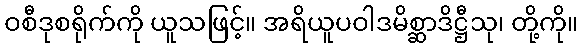
ဝစီဒုစရိုက်ကို ယူသဖြင့်။ အရိယူပဝါဒမိစ္ဆာဒိဋ္ဌီသု၊ တို့ကို။